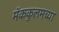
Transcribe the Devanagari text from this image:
मॅककुलमच्या